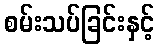
စမ်းသပ်ခြင်းနှင့်